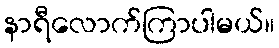
နာရီလောက်ကြာပါမယ်။